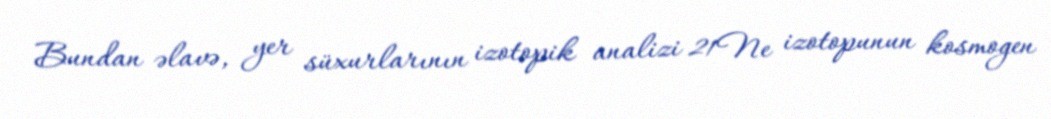
Bundan əlavə, yer süxurlarının izotopik analizi 21Ne izotopunun kosmogen